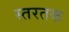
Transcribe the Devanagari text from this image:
स्तरतक